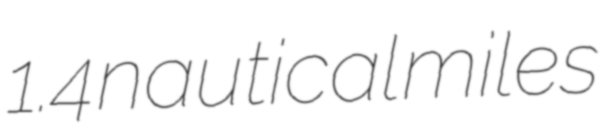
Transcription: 1.4 nautical miles